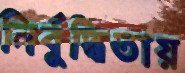
নির্বুদ্ধিতায়